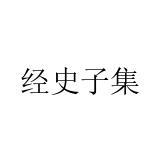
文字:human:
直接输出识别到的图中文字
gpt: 经史子集